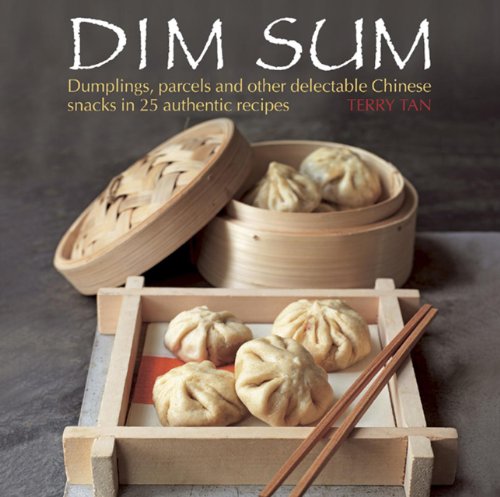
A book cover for Dim Sum: Dumplings, Parcels and Other Delectable Chinese Snacks in 25 Authentic Recipes; Terry Tan; Cookbooks, Food & Wine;